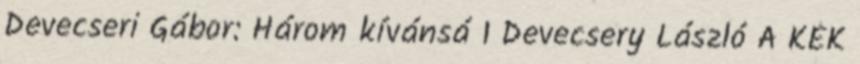
Devecseri Gábor: Három kívánsá 1 Devecsery László A KÉK